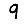
Digit: 9